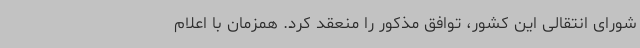
شورای انتقالی این کشور، توافق مذکور را منعقد کرد. همزمان با اعلام